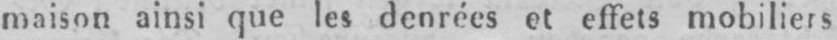
maison ainsi que les denrées et effets mobiliers